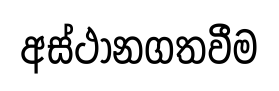
අස්ථානගතවීම